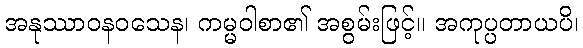
အနုဿာဝနဝသေန၊ ကမ္မဝါစာ၏ အစွမ်းဖြင့်။ အကုပ္ပတာယပိ၊